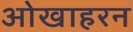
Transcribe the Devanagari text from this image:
ओखाहरन